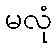
မလုံ